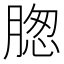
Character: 𦝰